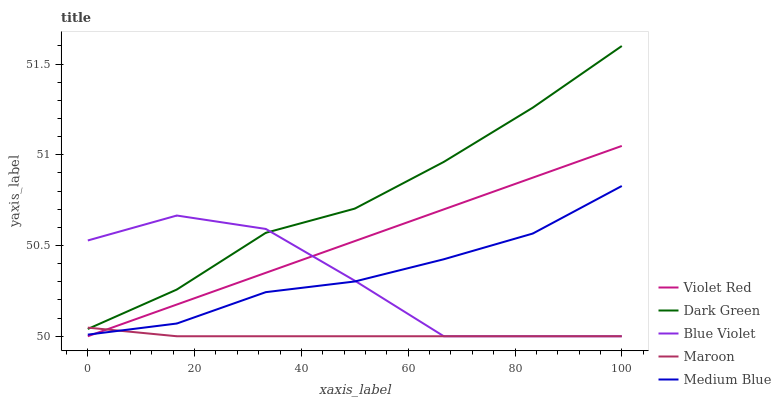
| xaxis_label | Violet Red | Dark Green | Blue Violet | Maroon | Medium Blue |
 | --- | --- | --- | --- | --- | --- |
 | 0 | 50 | 50 | 50.5 | 50 | 50 |
 | 16.7 | 50.2 | 50.3 | 50.7 | 50 | 50.1 |
 | 33.3 | 50.3 | 50.6 | 50.6 | 50 | 50.2 |
 | 50 | 50.5 | 50.7 | 50.3 | 50 | 50.3 |
 | 66.7 | 50.7 | 51 | 50 | 50 | 50.4 |
 | 83.3 | 50.9 | 51.3 | 50 | 50 | 50.6 |
 | 100 | 51 | 51.6 | 50 | 50 | 50.8 |